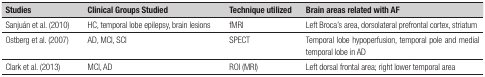
| Studies | Clinical Groups Studied | Technique utilized | Brain areas related with AF |
 | --- | --- | --- | --- |
 | Sanjuán et al. (2010) | HC, temporal lobe epilepsy, brain lesions | fMRI | Left Broca's area, dorsolateral prefrontal cortex,striatum |
 | Ostberg et al. (2007) | AD, MCI, SCI | SPECT | Temporal lobe hypoperfusion, temporal pole andmedial temporal lobe in AD |
 | Clark et al. (2013) | MCI, AD | ROI (MRI) | Left dorsal frontal area; right lower temporalarea |